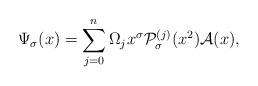
LaTeX: \begin{align*}\Psi_{\sigma}(x) = \sum_{j=0}^n \Omega_j x^{\sigma} {{\cal P}}^{(j)}_{\sigma}(x^2) {\cal A}(x),\end{align*}